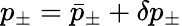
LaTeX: p_{\pm}=\bar{p}_{\pm}+\delta p_{\pm}